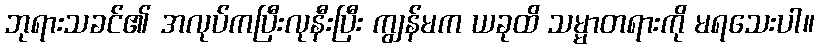
ဘုရားသခင်၏ အလုပ်ကပြီးလုနီးပြီး ကျွန်မက ယခုထိ သမ္မာတရားကို မရသေးပါ။